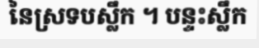
នៃស្រទបស្លឹក ។ បន្ទះស្លឹក